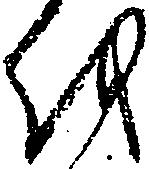
を